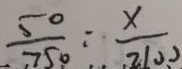
\frac { 5 0 } { 7 5 0 } : \frac { x } { 2 1 0 0 }